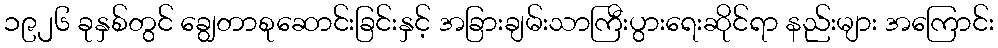
၁၉၂၆ ခုနှစ်တွင် ချွေတာစုဆောင်းခြင်းနှင့် အခြားချမ်းသာကြီးပွားရေးဆိုင်ရာ နည်းများ အကြောင်း